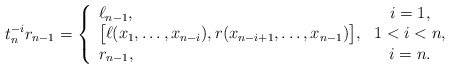
\begin{align*} t_n^{-i} r_{n-1} = \left\{ \begin{array}{lc} \ell_{n-1}, & i=1, \\ \big[\ell(x_1,\ldots,x_{n-i}),r(x_{n-i+1},\ldots,x_{n-1})\big], & 1< i < n, \\ r_{n-1}, & i = n. \end{array} \right.\end{align*}